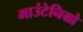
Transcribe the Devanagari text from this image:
माउंटेनिग्रो